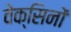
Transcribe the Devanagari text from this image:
वेक्सिनों